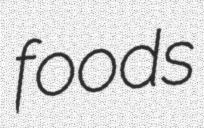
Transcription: foods